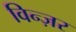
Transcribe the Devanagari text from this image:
विन्ज़र